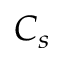
C _ { s }